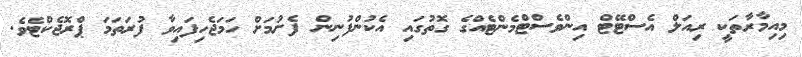
މިއިމާރާތަކީ ރިއަލް އެސްޓޭޓް އިންވެސްޓްމެންޓެއްގެ ގޮތުގައި އެކުންފުނިން ފެށުމަށް ހަމަޖެހިފައިވާ ފުރަތަމަ ޕްރޮޖެކްޓެވެ.